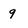
Character: q